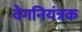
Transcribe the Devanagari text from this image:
वेगनियंत्रक